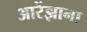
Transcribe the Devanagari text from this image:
आरेंझाना